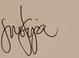
Signature authenticity: genuine